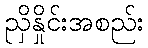
ညှိနှိုင်းအစည်း